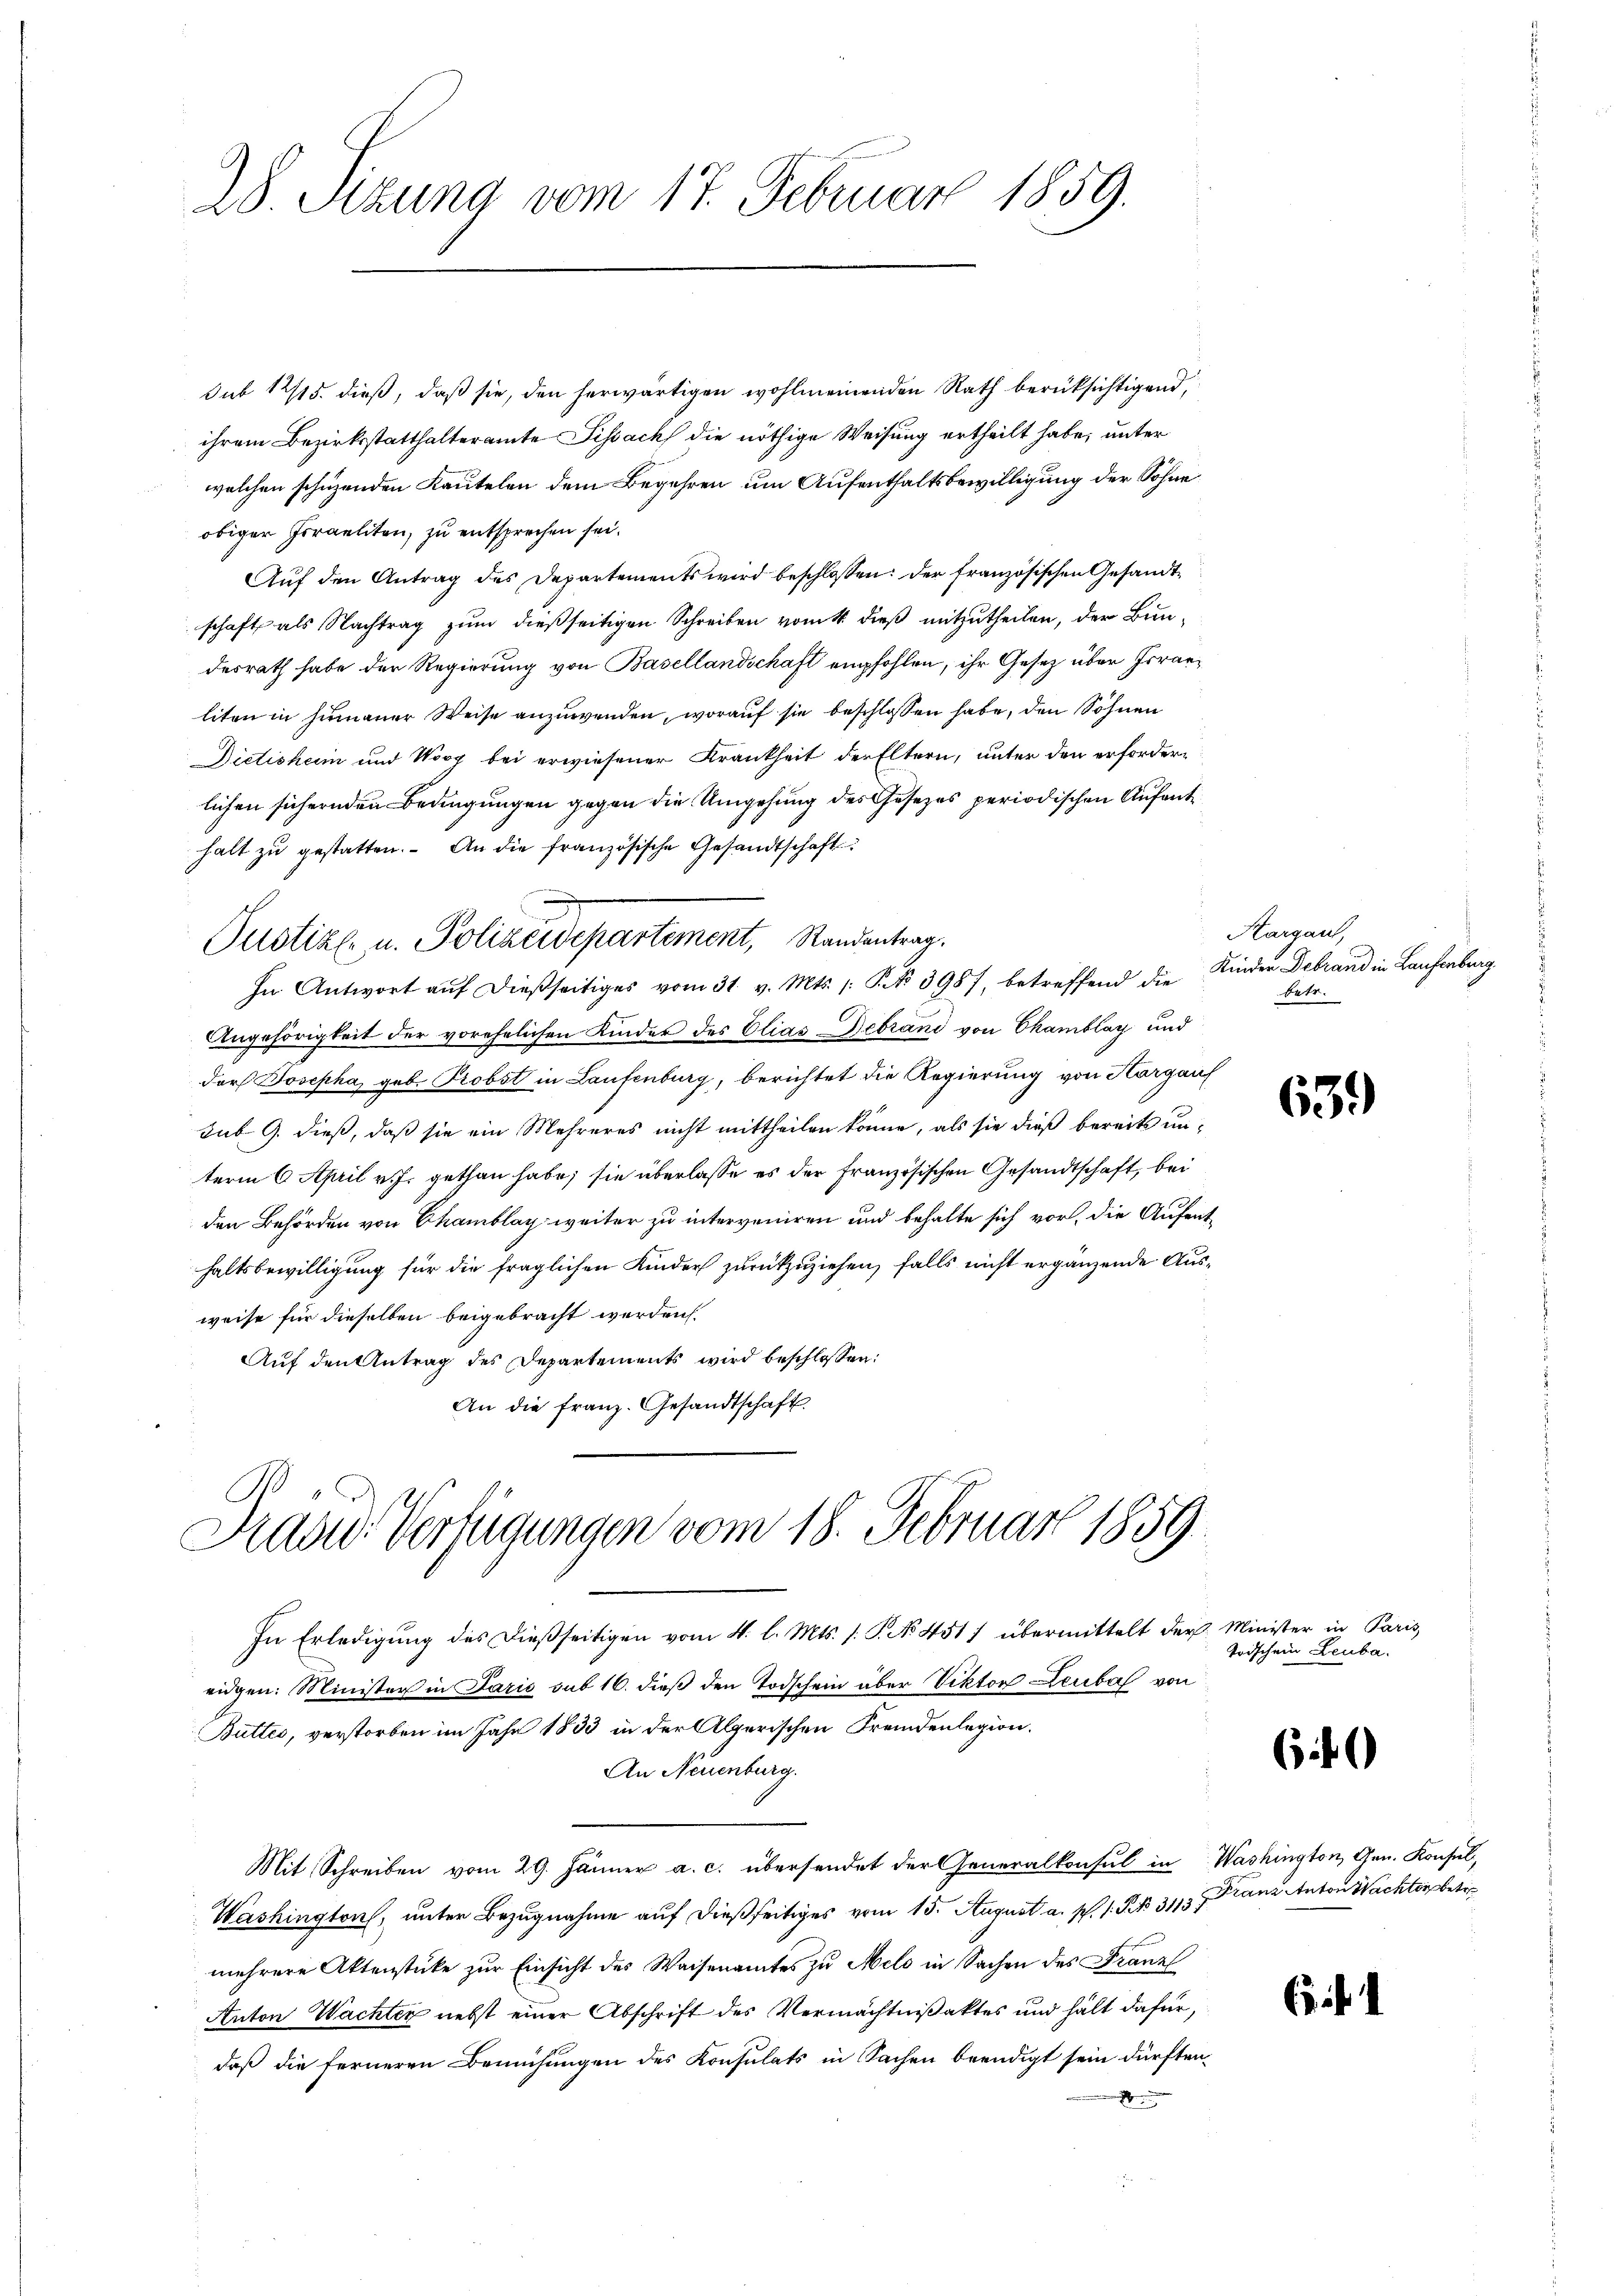
28. Sizung vom 17. Februar 1859.

sub 1815. dieß, daß sie, den herwärtigen wohlmeinenden Rath berüksichtigend,
ihrem Bezirksstatthalteramte Sissach die nöthige Weisung ertheilt habe, unter
welchen schuzenden Kautelen dem Begehren um Aufenthaltsbewilligung der Sohne
obiger Israeliten, zu entsprechen sei.
Aŭf den Antrag des Departements wird beschlossen: der französischen Gesandtschaft als Nachtrag zum dießseitigen Schreiben vom 4. dieß mitzutheilen, der Bundesrath habe der Regierung von Basellandschaft empfohlen, ihr Gesetz über Israeliten in hinauer Weise anzuwenden, worauf sie beschlossen habe, den Söhnen
Dictisheim und Wooy bei erwiesener Krankheit der Eltern, unter den erforderlichen sichernden Bedingungen gegen die Umgehung des Gesezes periodischen Aufenthalt zŭ gestatten. An die französische Gesandtschaft
Pustiz- u. Polizeidepartement, Standentrag.
In Antwort auf dießseitiges vom 31. v. Mts. S. 3987, betreffend die
Angehörigkeit der vorehelichen Kinder des Elias Debrand von Chamblay und
der Josepha, geb. Probst in Laufenburg, berichtet die Regierung von Horgauf
sub 9. dieß, daß sie ein Mehreres nicht mittheilen könne, als sie dieß bereits unterm 6. April v. J. gethan habe; sie überlasse es der Französischen Gesandtschaft, bei
den Behörden von Chamblay weiter zu interveniren und behalte sich vor, die Aufent-
haltsbewilligung für die fraglichen Kinder zurückzuziehen, falls nicht ergänzende Ausweise für dieselben beigebracht werden.
Auf den Antrag des Departements wird beschlossen:
An die franz. Gesandtschaft

David Verfügungen vom 18. Februar 1859.

In Erledigung des dießseitigen vom 4. l. Mts. s. S. No 451) übermittelt der Minister in Paris,
eidgen. Minister in Paris sub 16. dieß den Todschein über Viktor Leubal von
Buttes, verstorben im Jahr 1833 in der Alperischen Fremdenlegion.
An Neuenburg.
Mit Schreiben vom 29. Jänner a. c. übersendet der Generalkonsul in Washington, Gen. Konsul,
Washington, unter Bezugnahme auf dießseitiges vom 15. August a. p. 1. P. No 31137
mehrere Aktenstüke zur Einsicht des Waisenamtes zu Melo in Sachen des Franz
Anton Wachter nebst einer Abschrift des Vermächtnißaktes und hält dafür,
daß die ferneren Bemühungen des Konsulats in Sachen beendigt sein dürften.

Hargau,
Kinder Debrand in Laufenburg
betr.

639

trischein Leuba

if

Franz Anton Nachter betr

i